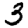
Digit: 3